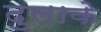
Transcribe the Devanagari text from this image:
दुलाके